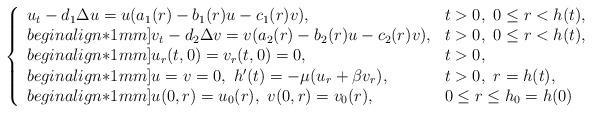
LaTeX: \begin{align*}\left\{\begin{array}{lll} u_t-d_1\Delta u=u(a_1(r)-b_1(r)u-c_1(r)v), &t>0, \ 0\leq r<h(t),\\begin{align*}1mm] v_t-d_2\Delta v=v(a_2(r)-b_2(r)u-c_2(r)v),&t>0, \ 0\leq r<h(t),\\begin{align*}1mm] u_r(t,0)=v_r(t,0)=0,\ \ &t>0, \\begin{align*}1mm] u=v=0,\ h'(t)=-\mu( u_r+\beta v_r), &t>0,\ r=h(t),\\begin{align*}1mm]u(0,r)=u_0(r),\ v(0,r)=v_0(r), & 0\leq r\leq h_0=h(0) \end{array}\right.\end{align*}